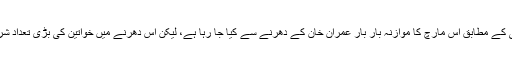
بی بی سی کے مطابق اس مارچ کا موازنہ بار بار عمران خان کے دھرنے سے کیا جا رہا ہے، لیکن اس دھرنے میں خواتین کی بڑی تعداد شریک تھی۔